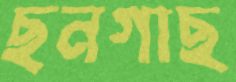
ছনগাছ